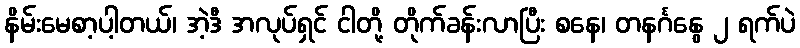
နိမ်းမေစာ့ပါ့တယ်၊ အဲ့ဒီ အလုပ်ရှင် ငါတို့ တိုက်ခန်းလာပြီး စနေ၊ တနင်္ဂနွေ ၂ ရက်ပဲ